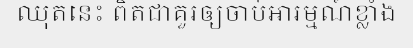
ឈុតនេះ ពិតជាគួរឲ្យចាប់អារម្មណ៍ខ្លាំង